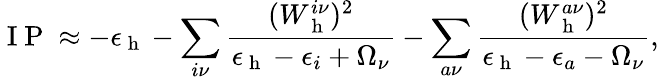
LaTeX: \mathrm{~I~P~}\approx-\epsilon_{\mathrm{~h~}}-\sum_{i\nu}\frac{(W_{\mathrm{~h~}}^{i\nu})^{2}}{\epsilon_{\mathrm{~h~}}-\epsilon_{i}+\Omega_{\nu}}-\sum_{a\nu}\frac{(W_{\mathrm{~h~}}^{a\nu})^{2}}{\epsilon_{\mathrm{~h~}}-\epsilon_{a}-\Omega_{\nu}},